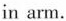
in arm.